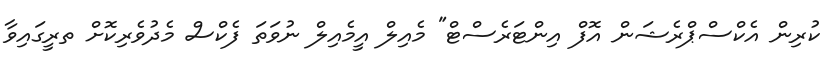
ކުރިން އެކްސްޕްރެޝަން އޮފް އިންޓަރެސްޓް" މެއިލް އީމެއިލް ނުވަތަ ފެކްސް މެދުވެރިކޮށް ތރީގައިވާ